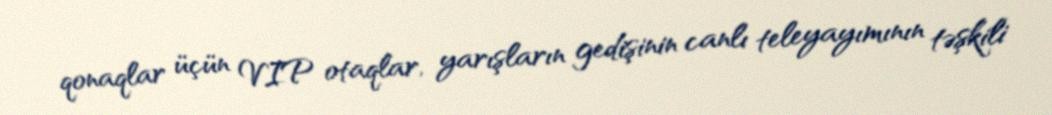
qonaqlar üçün VIP otaqlar, yarışların gedişinin canlı teleyayımının təşkili